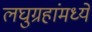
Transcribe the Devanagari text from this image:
लघुग्रहांमध्ये